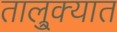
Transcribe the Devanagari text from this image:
तालु्क्यात